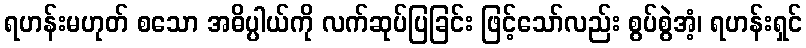
ရဟန်းမဟုတ် စသော အဓိပ္ပါယ်ကို လက်ဆုပ်ပြခြင်း ဖြင့်သော်လည်း စွပ်စွဲအံ့၊ ရဟန်းရှင်